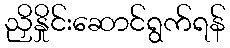
ညှိနှိုင်းဆောင်ရွက်ရန်